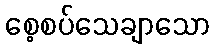
စေ့စပ်သေချာသော